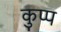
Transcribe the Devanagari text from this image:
कुप्प